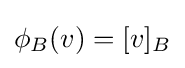
\phi _{B}(v)=[v]_{B}